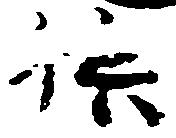
供